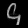
Digit: ၄